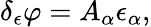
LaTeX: \delta_{\epsilon}\varphi=A_{\alpha}\epsilon_{\alpha},